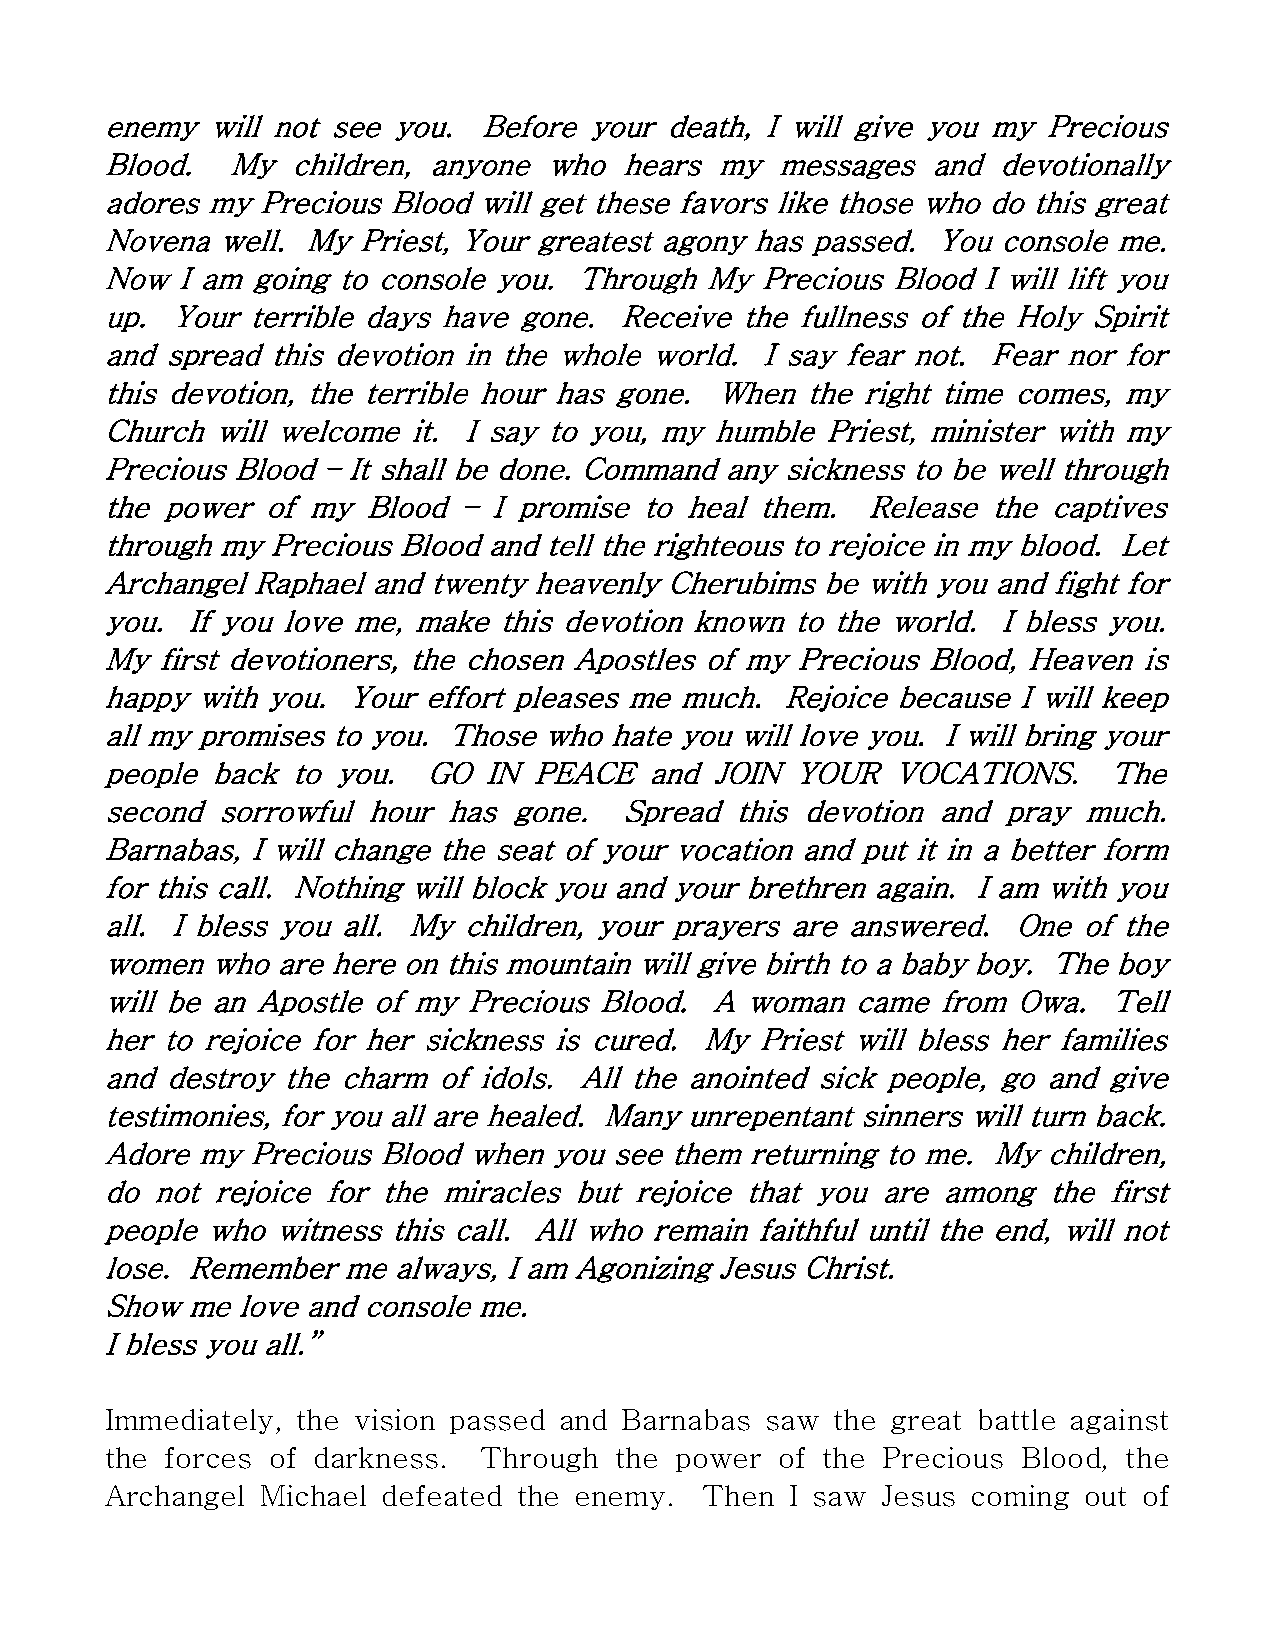
enemy  will not see you. Before your death, I will give you my Precious
 Blood.  My  children, anyone who  hears my  messages   and devotionally
 adores my Precious Blood will get these favors like those who do this great
 Novena well. My  Priest, Your greatest agony has passed. You console me.
 Now  I am going to console you. Through My Precious Blood I will lift you
 up. Your terrible days have gone. Receive the fullness of the Holy Spirit
 and spread this devotion in the whole world. I say fear not. Fear nor for
 this devotion, the terrible hour has gone. When the right time comes, my
 Church will welcome it. I say to you, my humble Priest, minister with my
 Precious Blood – It shall be done. Command any sickness to be well through
 the power  of my Blood –  I promise to heal them. Release  the captives
 through my Precious Blood and tell the righteous to rejoice in my blood. Let
 Archangel Raphael and twenty heavenly Cherubims be with you and fight for
 you. If you love me, make this devotion known to the world. I bless you.
 My first devotioners, the chosen Apostles of my Precious Blood, Heaven is
 happy with you. Your effort pleases me much. Rejoice because I will keep
 all my promises to you. Those who hate you will love you. I will bring your
 people back to you.  GO  IN PEACE   and JOIN  YOUR  VOCATIONS.    The
 second sorrowful hour  has gone.  Spread  this devotion and pray much.
 Barnabas, I will change the seat of your vocation and put it in a better form
 for this call. Nothing will block you and your brethren again. I am with you
 all. I bless you all. My children, your prayers are answered. One of the
 women  who are here on this mountain will give birth to a baby boy. The boy
 will be an Apostle of my Precious Blood. A woman  came from Owa.   Tell
 her to rejoice for her sickness is cured. My Priest will bless her families
 and destroy the charm of idols. All the anointed sick people, go and give
 testimonies, for you all are healed. Many unrepentant sinners will turn back.
 Adore my  Precious Blood when you see them returning to me. My children,
 do not rejoice for the miracles but rejoice that you are among the first
 people who witness this call. All who remain faithful until the end, will not
 lose. Remember  me always, I am Agonizing Jesus Christ.
 Show me  love and console me.
 I bless you all.”
 Immediately, the vision passed and Barnabas saw the great battle against
 the forces of darkness.  Through  the power  of the Precious Blood, the
 Archangel Michael defeated the enemy.   Then I saw Jesus coming  out of